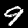
Label: 9